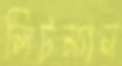
লিটম্যান